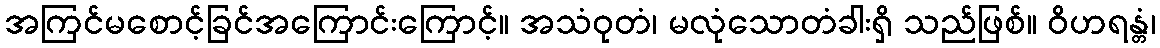
အကြင်မစောင့်ခြင်အကြောင်းကြောင့်။ အသံဝုတံ၊ မလုံသောတံခါးရှိ သည်ဖြစ်။ ဝိဟရန္တံ၊